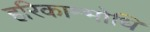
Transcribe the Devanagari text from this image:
हरिकाम्भोधि